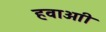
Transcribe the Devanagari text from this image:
हवाआी